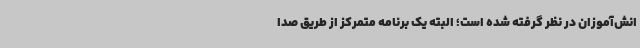
انش‌آموزان در نظر گرفته شده است؛ البته یک برنامه متمرکز از طریق صدا